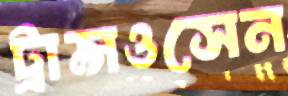
ট্রান্সওসেন